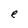
Character: e